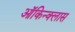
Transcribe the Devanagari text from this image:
ऑकिन्क्लास